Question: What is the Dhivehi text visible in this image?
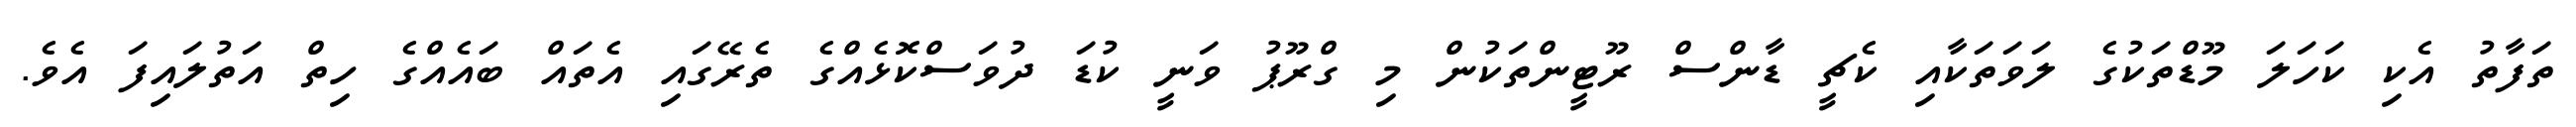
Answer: ތަފާތު އެކި ކަހަލަ މޫޑްތަކުގެ ލަވަތަކާއި ކެޗީ ޑާންސް ރޫޓީންތަކުން މި ގްރޫޕު ވަނީ ކުޑަ ދުވަސްކޮޅެއްގެ ތެރޭގައި އެތައް ބައެއްގެ ހިތް އަތުލައިފަ އެވެ.